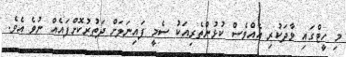
މި ހީޓްގައި ވާދަކުރި އެއްވެސް ކުޅުންތެރިއަކު ސެމީ ފައިނަލަށް ދަތުރުކޮށްފައެއް ނުވެ އެވެ.